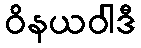
ဝိနယဝါဒီ